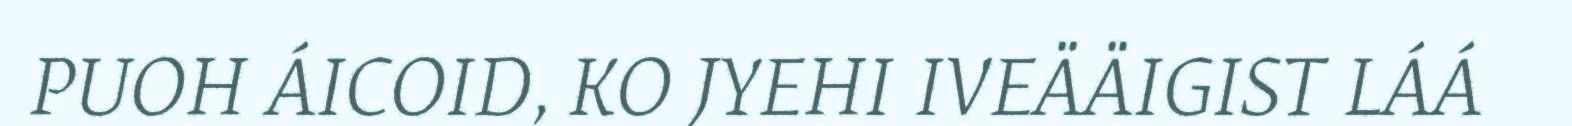
PUOH ÁICOID, KO JYEHI IVEÄÄIGIST LÁÁ